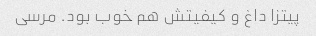
پیتزا داغ و کیفیتش هم خوب بود. مرسی